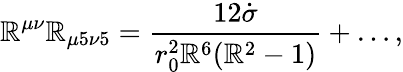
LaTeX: \mathbb{R}^{\mu\nu}\mathbb{R}_{\mu5\nu5}=\frac{{12\dot{{\sigma}}}}{{r_{0}^{2}\mathbb{R}^{6}(\mathbb{R}^{2}-1)}}+\ldots,